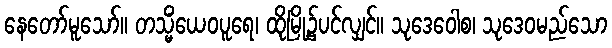
နေတော်မူသော်။ တသ္မိံယေဝပူရေ၊ ထိုမြို့၌ပင်လျှင်။ သုဒေဝေါစ၊ သုဒေဝမည်သော